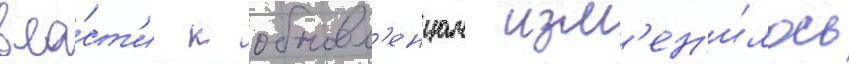
вла́ст'и к обновл'енцам изм'ен'и́лось